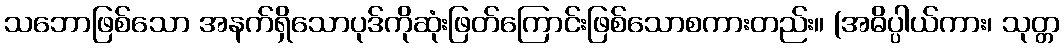
သဘောဖြစ်သော အနက်ရှိသောပုဒ်ကိုဆုံးဖြတ်ကြောင်းဖြစ်သောစကားတည်း။ (အဓိပ္ပါယ်ကား၊ သုတ္တ